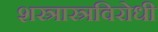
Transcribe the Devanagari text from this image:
शस्त्रास्त्रविरोधी